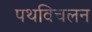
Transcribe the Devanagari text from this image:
पथविचलन